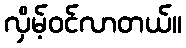
လှိမ့်ဝင်လာတယ်။